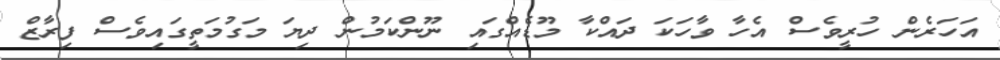
އަހަރެން ހުރީވެސް އެހާ ވާހަކަ ދައްކާ މޫޑެއްގައި ނޫންކަމުން ދިޔަ މަގުމަތީގައިވެސް ފިރާޒް